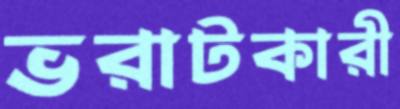
ভরাটকারী